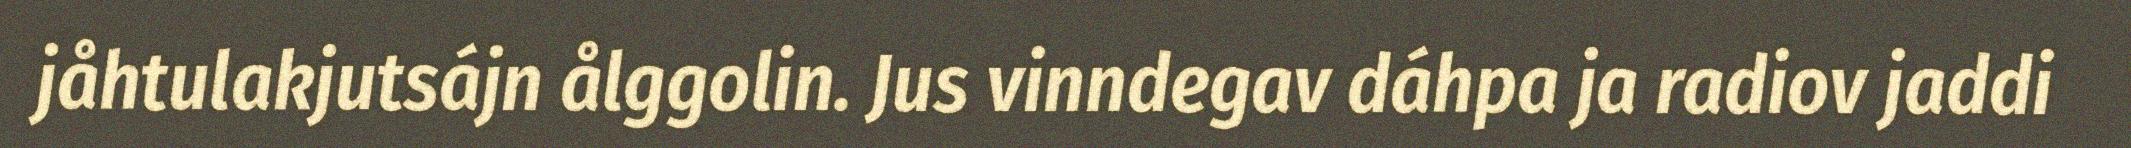
jåhtulakjutsájn ålggolin. Jus vinndegav dáhpa ja radiov jaddi